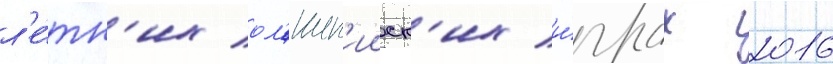
л'е́тн'их ол'имп'ииск'их и́грах 2016